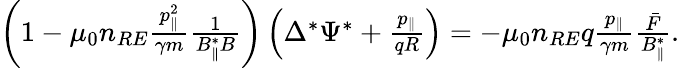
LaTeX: \begin{array}{r}{\left(1-\mu_{0}n_{RE}\frac{p_{\| }^{2}}{\gamma m}\frac{1}{B_{\| }^{*}B}\right)\left(\Delta^{*}\Psi^{*}+\frac{p_{\| }}{qR}\right)=-\mu_{0}n_{RE}q\frac{p_{\| }}{\gamma m}\frac{\bar{F}}{B_{\| }^{*}}.}\end{array}